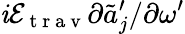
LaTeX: \mathit{i}\mathcal{{E}}_{\mathrm{{~t~r~a~v~}}}\partial\tilde{{a}}_{j}^{\prime}/\partial\omega^{\prime}